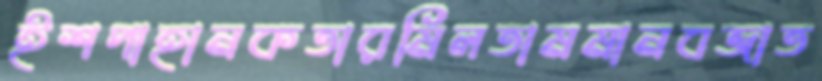
ইশপাহানকতারমিলতামমানবজাত